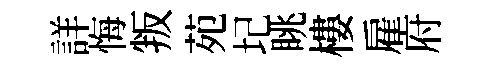
詳悔叛苑圮眺樓雇府